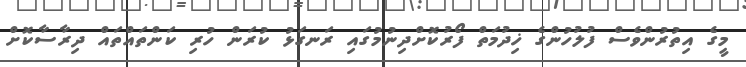
މީގެ އިތުރުންވެސް ފުލުހުންގެ ޚިދުމަތް ފޯރުކޮށްދިނުމުގައި ރަނގަޅު ކުރަން ހުރި ކަންތައްތައް ދިރާސާކޮށް